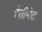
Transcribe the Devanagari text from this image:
रेसीमेट